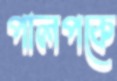
পালপকে